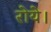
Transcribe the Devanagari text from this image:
रोये।